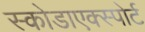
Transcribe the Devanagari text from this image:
स्कोडाएक्स्पोर्ट